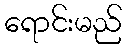
ရောင်းမည်